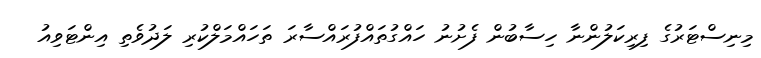
މިނިސްޓަރުގެ ފިރިކަލުންނާ ހިސާބުން ފެށުނު ހައްގުތައްފުރައްސާރަ ތަހައްމަލްކުރި ލަދުވެތި އިންޓަވިއު